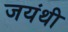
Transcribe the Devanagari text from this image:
जयंथी